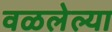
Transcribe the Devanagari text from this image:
वळलेल्या